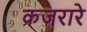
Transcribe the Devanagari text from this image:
कजरारे